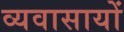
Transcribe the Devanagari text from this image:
व्यवासायों